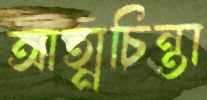
আত্মচিন্তা